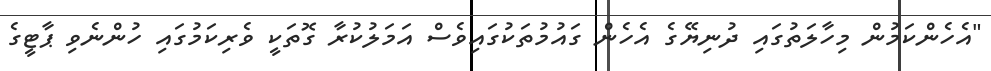
"އެހެންކަމުން މިހާލަތުގައި ދުނިޔޭގެ އެހެން ގައުމުތަކުގައިވެސް އަމަލުކުރާ ގޮތަކީ ވެރިކަމުގައި ހުންނެވި ޕާޓީގެ